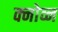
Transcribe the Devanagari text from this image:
क्नोव्न